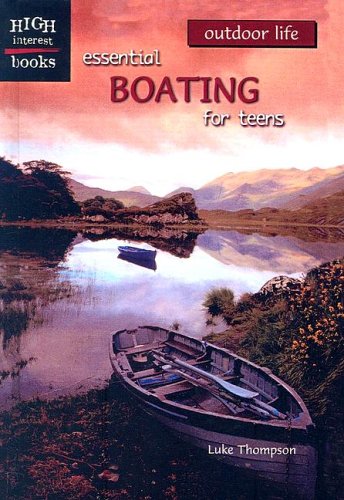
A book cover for Essential Boating for Teens (High Interest Books: Outdoor Life); Luke Thompson; Teen & Young Adult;